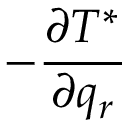
- \frac { \partial T ^ { * } } { \partial q _ { r } }